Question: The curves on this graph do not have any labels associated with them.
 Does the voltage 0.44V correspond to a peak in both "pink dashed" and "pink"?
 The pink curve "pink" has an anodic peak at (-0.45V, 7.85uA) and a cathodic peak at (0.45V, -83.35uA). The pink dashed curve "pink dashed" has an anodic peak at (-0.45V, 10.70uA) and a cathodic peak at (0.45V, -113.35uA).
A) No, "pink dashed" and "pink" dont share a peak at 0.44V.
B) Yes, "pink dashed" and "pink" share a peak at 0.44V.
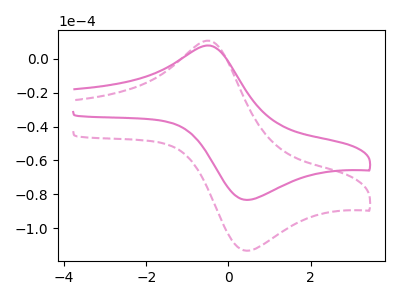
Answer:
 <answer>B) Yes, "pink dashed" and "pink" share a peak at 0.44V.</answer>
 <eval>B</eval>